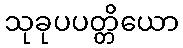
သုခုပပတ္တိယော